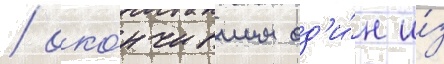
/ око́нчившим од'и́н и́з